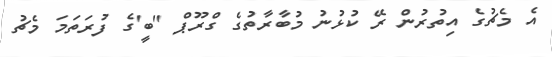
އެ މެޗުގެ އިތުރުން ރޭ ކުޅުނު މުބާރާތުގެ ގްރޫޕް "ބީ'ގެ ފުރަތަމަ މެޗު